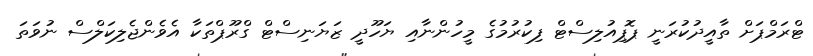
ޓްރަމްޕަށް ތާއީދުކުރަނީ ޕޮޕިއުލިސްޓް ފިކުރުމުގެ މީހުންނާއި ޔަހޫދީ ޒަޔަނިސްޓް ގްރޫޕްތަކާ އެވެންޖެލިކަލްސް ނުވަތަ